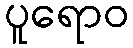
ပူရောဝ